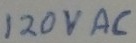
Text: 120VAC